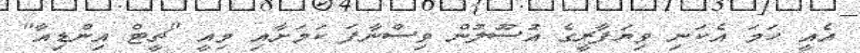
އެއީ ހަމަ އެކަނި ވިޔަފާރީގެ އުސޫލުން ވިސްނާފަ ކަމަށާއި މިއީ "ޗީޓް އިންޑިއާ"